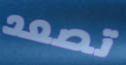
تصعد